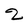
Character: 2